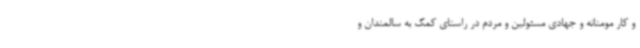
و کار مومنانه و جهادی مسئولین و مردم در راستای کمک به سالمندان و